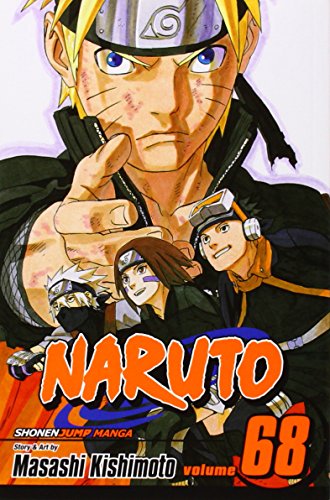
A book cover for Naruto, Vol. 68; Masashi Kishimoto; Comics & Graphic Novels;